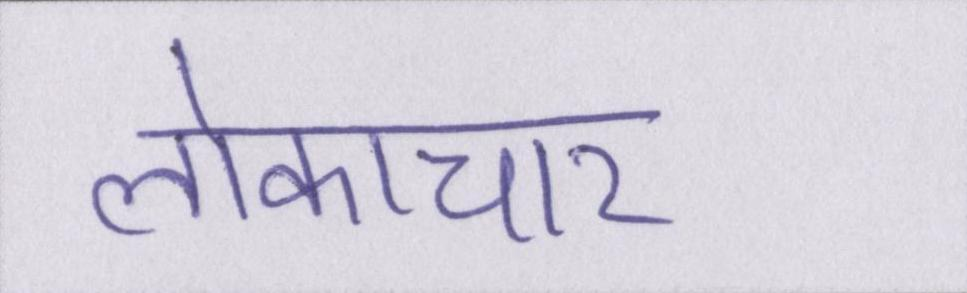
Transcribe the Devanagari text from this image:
लोकाचार